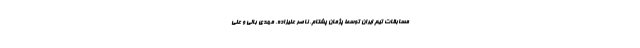
مسابقات تیم ایران توسط پژمان پشتام، ناصر علیزاده، مهدی بالی و علی